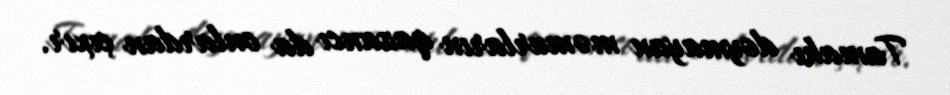
Tamahı doymayan məmurların qazancı da onlardan çıxır.